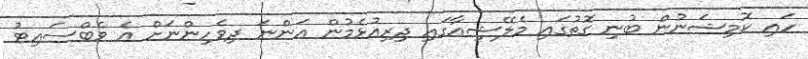
ހައި ކޮމިޝަނުން ބުނި ގޮތުގައި މެލޭޝިއާގައި ދިރިއުޅެމުން އަންނަ ދިވެހިންނަށް އެ ވެބްސައިޓު